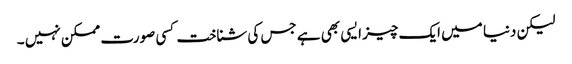
لیکن دنیا میں ایک چیز ایسی بھی ہے جس کی شناخت کسی صورت ممکن نہیں ۔